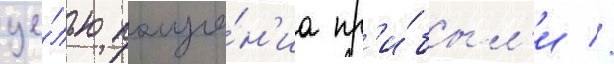
це́лью получе́н'иа пр'и́был'и //